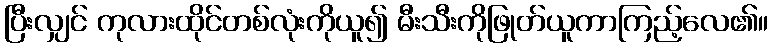
ပြီးလျှင် ကုလားထိုင်တစ်လုံးကိုယူ၍ မီးသီးကိုဖြုတ်ယူကာကြည့်လေ၏။